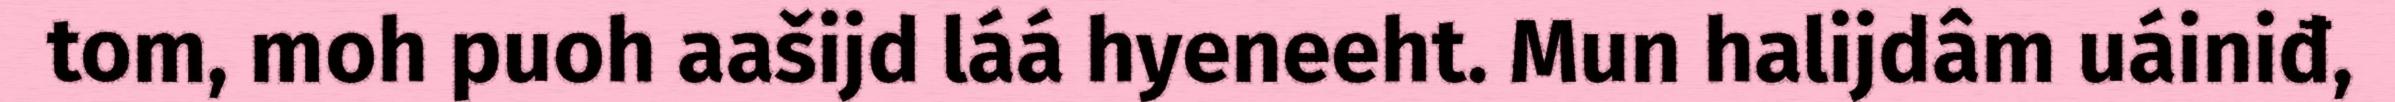
tom, moh puoh aašijd láá hyeneeht. Mun halijdâm uáiniđ,